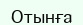
Отынға